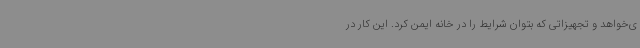
ی‌خواهد و تجهیزاتی که بتوان شرایط را در خانه ایمن کرد. این کار در